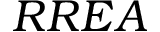
R R E A